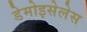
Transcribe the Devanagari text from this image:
डेमोइसेलेस